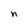
Character: n